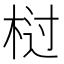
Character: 𭪆